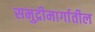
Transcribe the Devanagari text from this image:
समुद्रीमार्गातील